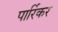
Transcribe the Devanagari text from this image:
पार्रिकर